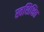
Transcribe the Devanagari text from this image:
स्वशिक्षित